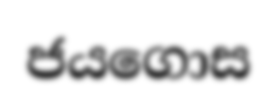
ජයගොස